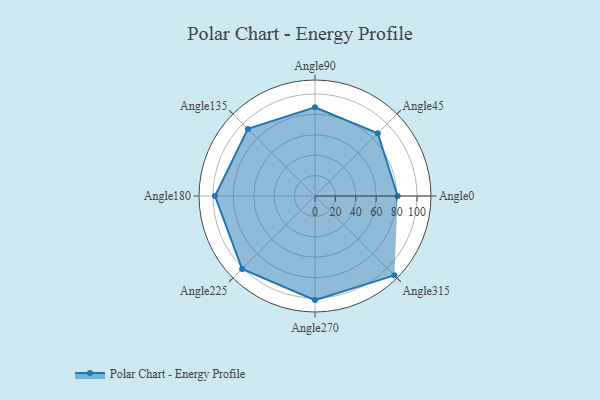
{"axis": {"x": "Angle", "y": "Radius"}, "legend": [""], "data": [{"x": "Angle0", "y": 81.0, "type": ""}, {"x": "Angle45", "y": 87.0, "type": ""}, {"x": "Angle90", "y": 87.0, "type": ""}, {"x": "Angle135", "y": 93.0, "type": ""}, {"x": "Angle180", "y": 98.0, "type": ""}, {"x": "Angle225", "y": 101.0, "type": ""}, {"x": "Angle270", "y": 102.0, "type": ""}, {"x": "Angle315", "y": 110.0, "type": ""}]}